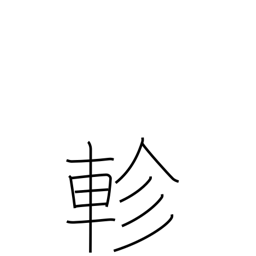
Meaning: revolve